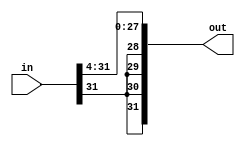
module four_bit_sra(in, out);
	input [ 31 : 0 ] in; 
	output [ 31 : 0 ] out;
	
	genvar i; 
	generate 
		for(i = 0; i<28;  i=i+1) begin : loop2
			assign out[i] = in[i+4]; 
		end
	endgenerate	
	
	assign out[31] = in[31]; 

	genvar j; 
	generate
		for(j = 30; j>27; j = j-1) begin : loop3
		   assign out[j] = in[31]; 
		end
	endgenerate
	
	
	
	
	
endmodule